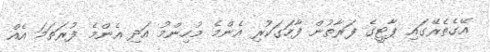
އޭގެތެރޭގައި ޕާޓީގެ ފަރާތުން ފާހަގަކުރި އެންމެ މުހިންމު އަދި އެންމެ ފުރަތަމަ އެއް